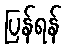
ပြန်ရန်